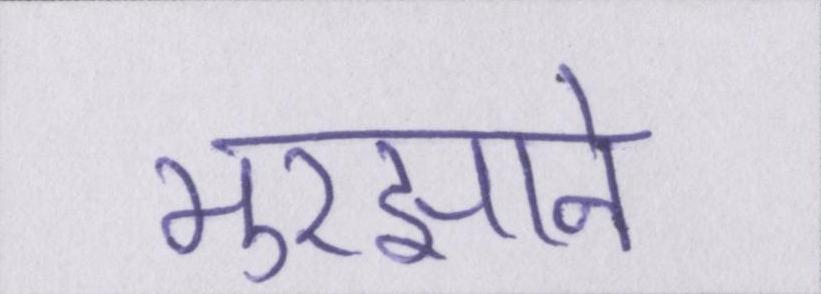
मुरझाने